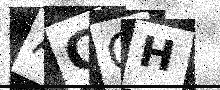
Text: ACCH